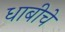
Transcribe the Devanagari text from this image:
धाबीचे